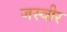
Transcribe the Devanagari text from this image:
जस्वीर